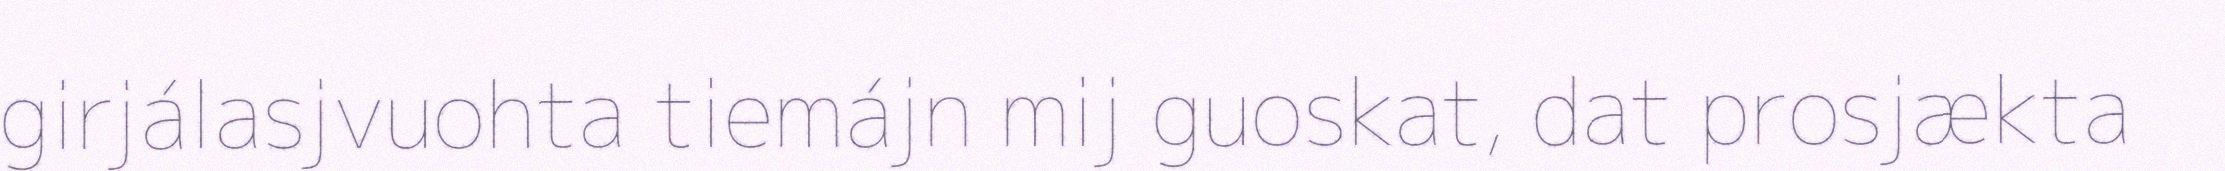
girjálasjvuohta tiemájn mij guoskat, dat prosjækta